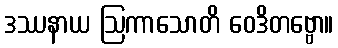
ဒဿနာယ ဩကာသောတိ ဝေဒိတဗ္ဗော။